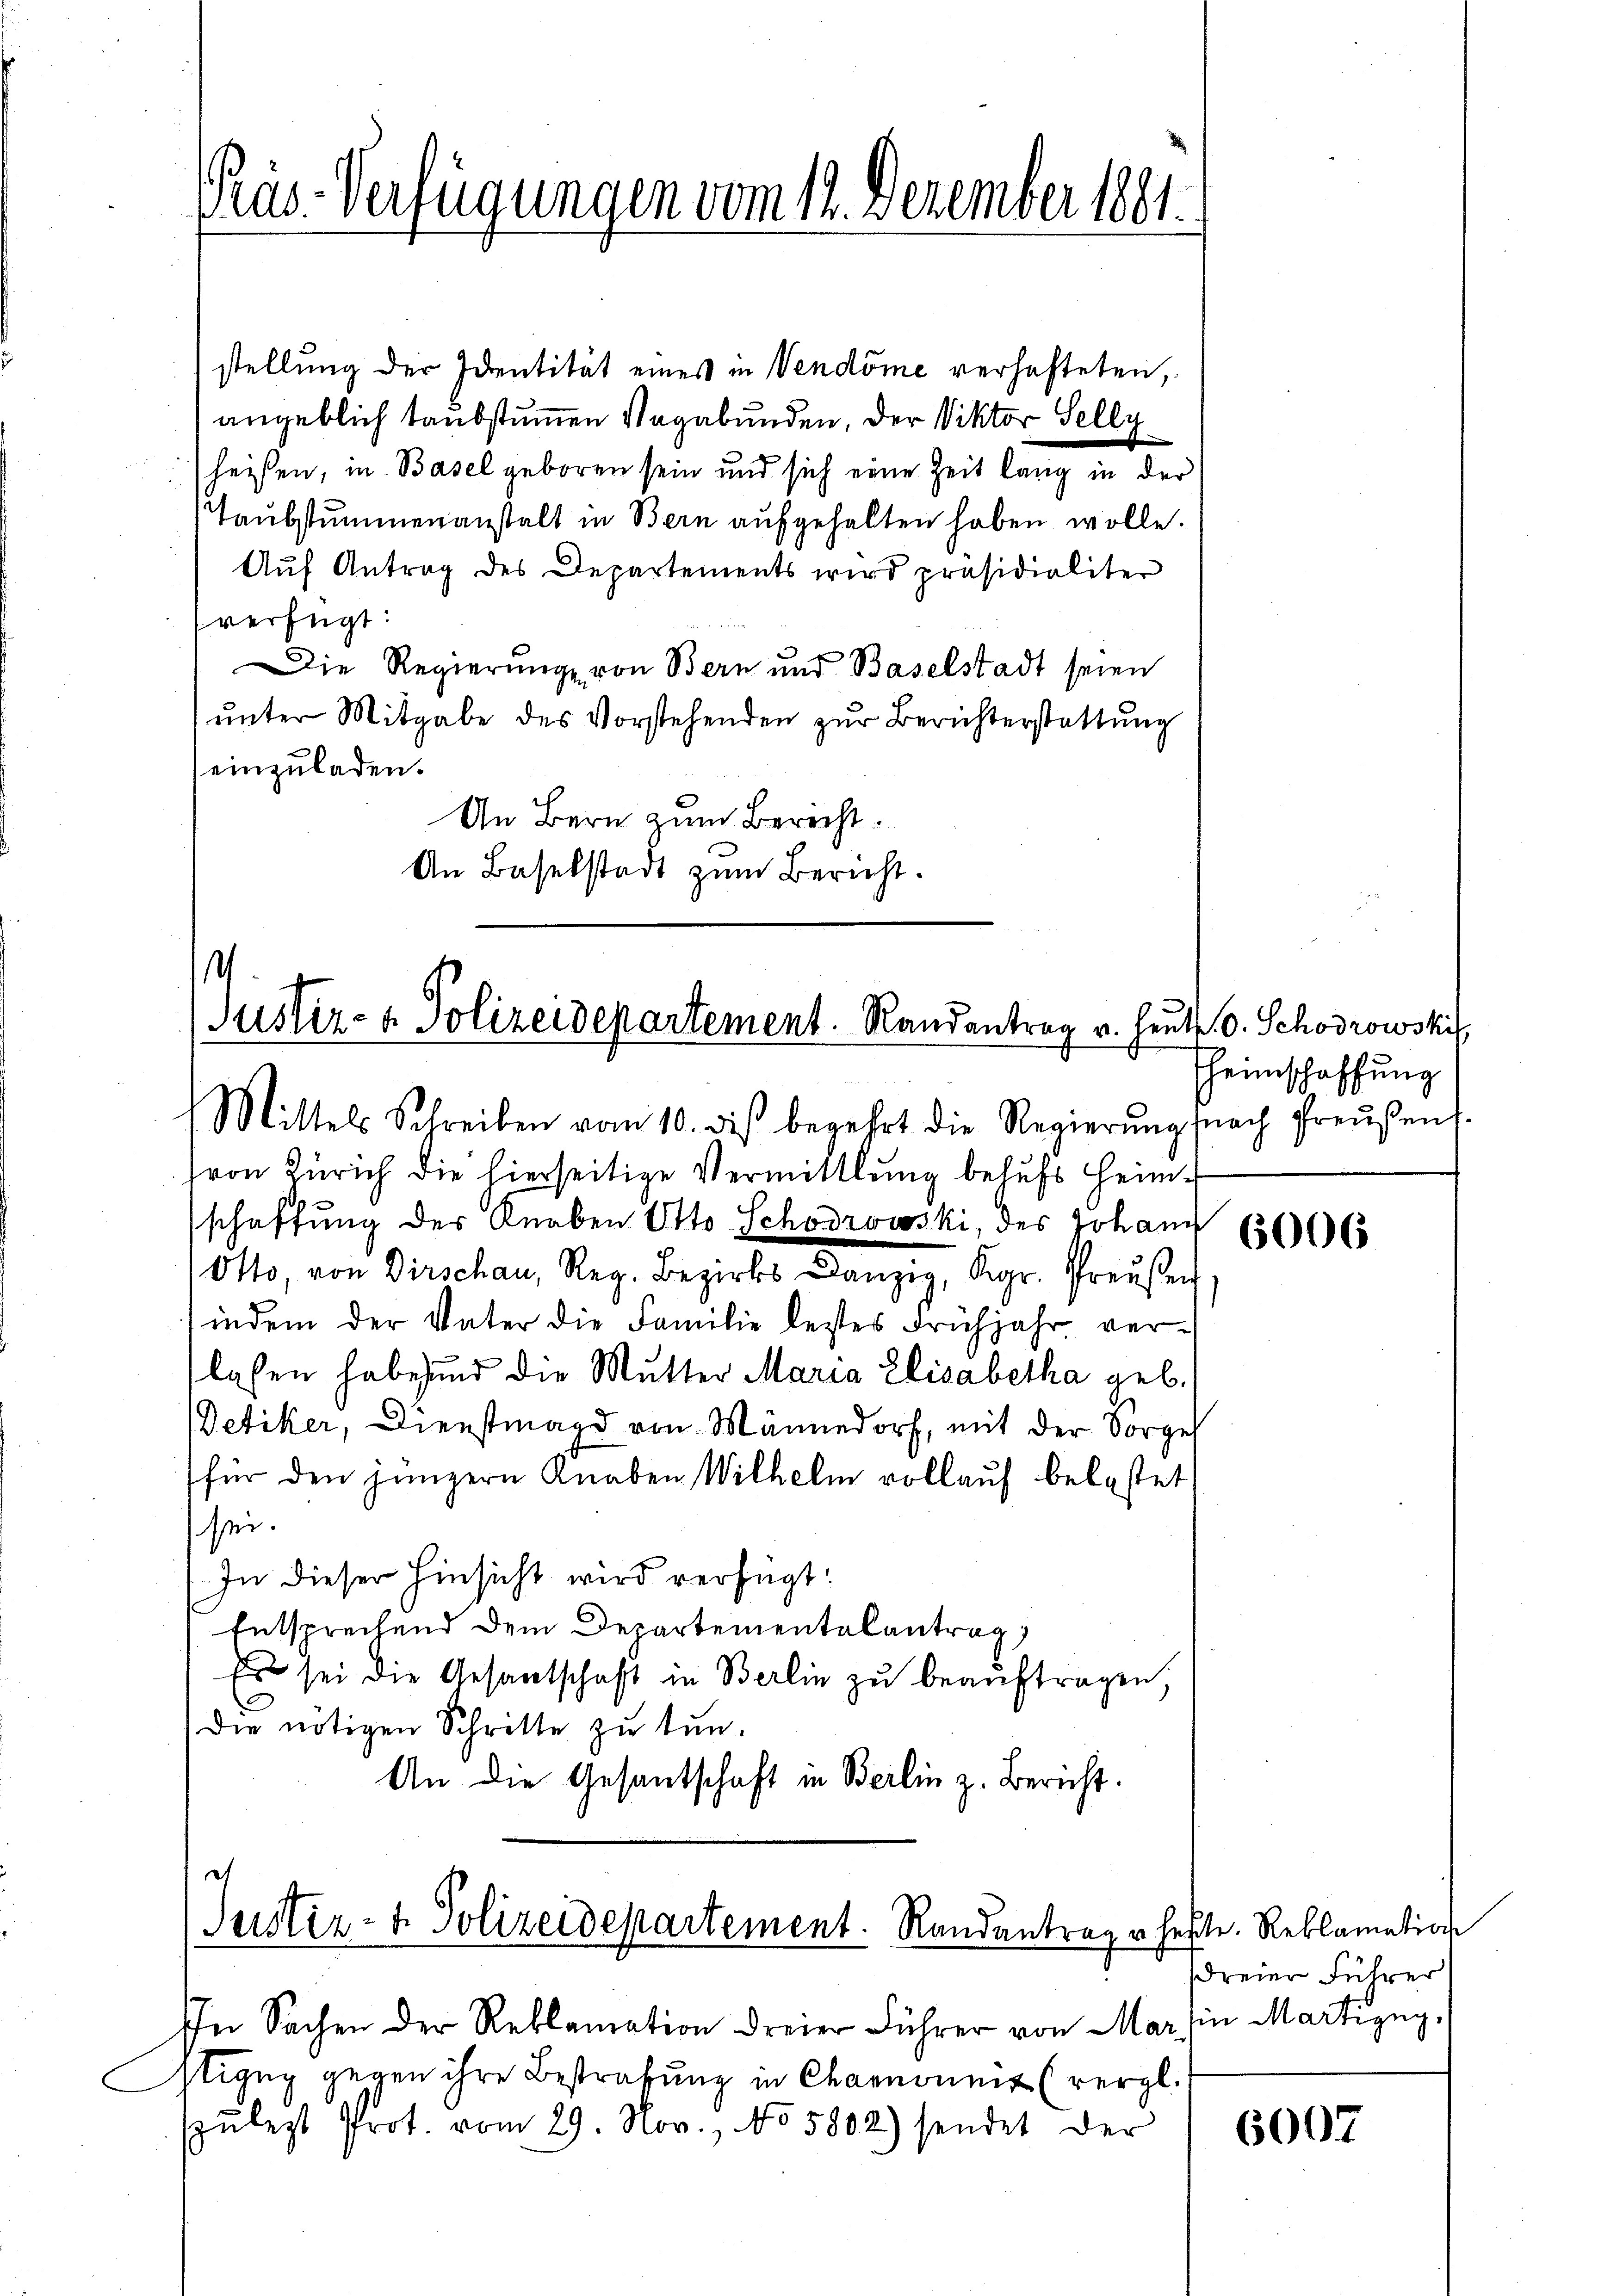
Pras-Verfügungen vom 12. Dezember 1881.

stellung der Identität eines in Vendöme verhafteten,
angeblich taubstummen Vagabunden, der Viktor Selly
heißen, in Basel geboren sein und sich eine Zeit lang in der
Taŭbstummenanstalt in Bern aŭfgehalten haben wolle.
Auf Antrag des Departements wird präsidialiter
verfügt:
Die Regierung von Bern und Baselstadt seien
ŭnter Mitgabe des Vorstehenden zŭr Berichterstattŭng
einzuladen.
An Bern zum Berecht
An Baselstadt zum Bericht.

.
Justiz- & Polizeidepartement. Randantrag u. heut. v. Schodrowski
Mittels Schreiben vom 10. diβ begehrt die Regierŭng nach Preŭβend

von Zürich die hierseitige Vermittlung behufs Heim-
schaffung der Knaben Otto Schodrowski, des Johann
Otto, von Dirschau, Reg. Bezirks Danzig, Kgr. Preŭβen,
indem der Vater die Familie lestes Frühjahr ver-
lassen habe und die Mutter Maria Elisabetha geb.
Detiker, Dienstmagd von Männedorf, mit der Sorgel
für den jüngern Knaben Wilhelm vollauf belastet
sei.
In dieser Hinsicht wird verfügt:
Entsprechend dem Departementalantrag
Es sei die Gesantschaft in Berlin zŭ beaŭftragen,
die nötigen Schritte zu tun.
An die Gesantschaft in Beilin z. Bericht.

c
Justiz- & Polizeidepartement. Randantrage hefte. Reklamation

In Sachen der Reklamation dreier Führer von Mar in Martizig,
stizug gegen ihre Bestrafung in Channount (vergl.
ŭlest Prot. vom 29. Nov., No 5802) sendet der

Eheimschaffung

6006

dreier Führer

6007